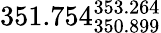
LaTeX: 351.754_{350.899}^{353.264}